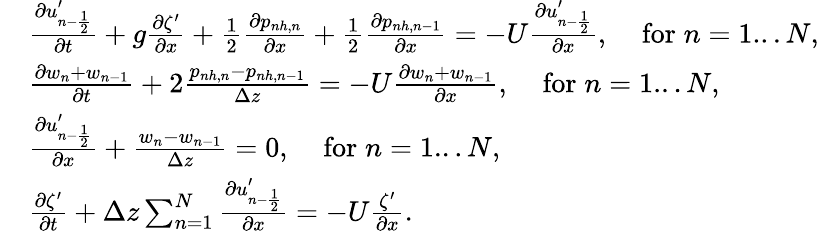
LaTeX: \begin{array}{rl}&{\frac{\partial u_{n-\frac{1}{2}}^{\prime}}{\partial t}+g\frac{\partial\zeta^{\prime}}{\partial x}+\frac{1}{2}\frac{\partial p_{nh,n}}{\partial x}+\frac{1}{2}\frac{\partial p_{nh,n-1}}{\partial x}=-U\frac{\partial u_{n-\frac{1}{2}}^{\prime}}{\partial x},\; \; \; \; \mathrm{for}\; n=1...N,}\\ &{\frac{\partial w_{n}+w_{n-1}}{\partial t}+2\frac{p_{nh,n}-p_{nh,n-1}}{\Delta z}=-U\frac{\partial w_{n}+w_{n-1}}{\partial x},\; \; \; \; \mathrm{for}\; n=1...N,}\\ &{\frac{\partial u_{n-\frac{1}{2}}^{\prime}}{\partial x}+\frac{w_{n}-w_{n-1}}{\Delta z}=0,\; \; \; \; \mathrm{for}\; n=1...N,}\\ &{\frac{\partial\zeta^{\prime}}{\partial t}+\Delta z\sum_{n=1}^{N}\frac{\partial u_{n-\frac{1}{2}}^{\prime}}{\partial x}=-U\frac{\zeta^{\prime}}{\partial x}.}\end{array}